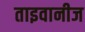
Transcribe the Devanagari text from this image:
ताइवानीज